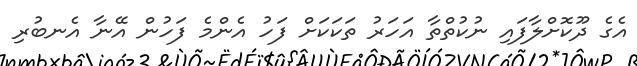
އެގެ ދޫކޮށްލާފައި ނުކުތްތާ އަހަރު ތަކަކަށް ފަހު އެންމެ ފަހުން އޭނާ އެނބުރި